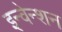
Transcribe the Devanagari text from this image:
इन्वेन्शन